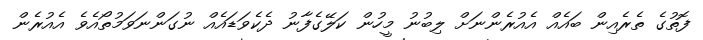
ފޮތުގެ ތެރެއިން ބައެއް އެއުރެންނަށް ލިބުނު މީހުން ކަލޭގެފާނު ދެކެވަޑައެއް ނުގަންނަވަމުތޯއެވެ އެއުރެން